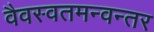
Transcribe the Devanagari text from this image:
वैवस्वतमन्वन्तर